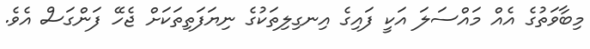
މިބާވަތުގެ އެއް މައްސަލަ އަކީ ފައިގެ އިނގިލިތަކުގެ ނިޔަފަތިތަކަށް ޖެހޭ ފަންގަސް އެވެ.